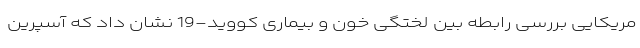
مریکایی بررسی رابطه بین لختگی خون و بیماری کووید-19 نشان داد که آسپرین